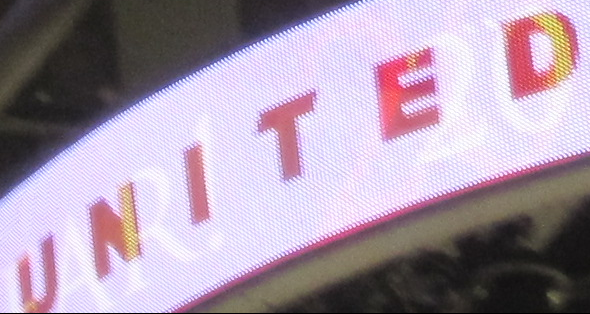
UNITED